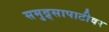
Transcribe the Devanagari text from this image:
समुद्र्सापाटीवर